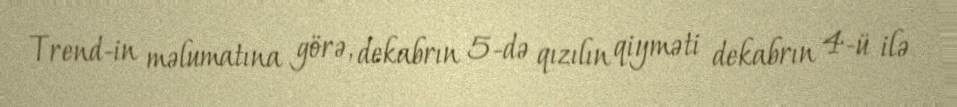
Trend-in məlumatına görə, dekabrın 5-də qızılın qiyməti dekabrın 4-ü ilə